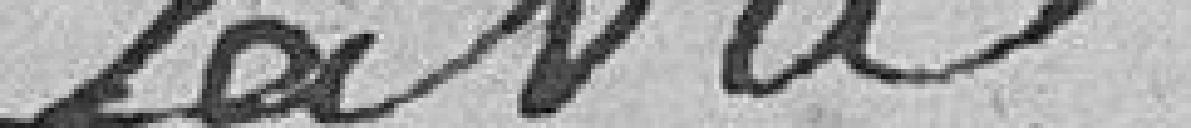
Savio